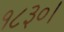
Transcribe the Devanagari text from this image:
१८३०।